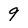
Character: 9